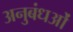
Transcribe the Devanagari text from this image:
अनुबंधओं